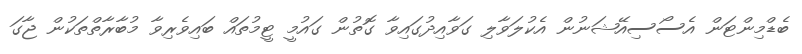
ބެޑްމިންޓަން އެސޯސިއޭޝަނުން އެކުލަވާލި ގަވާއިދުގައިވާ ގޮތުން ގައުމީ ޓީމުތައް ބައިވެރިވާ މުބާރާތްތަކުން ޖާގަ